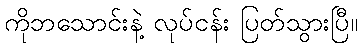
ကိုဘသောင်းနဲ့ လုပ်ငန်း ပြတ်သွားပြီ။